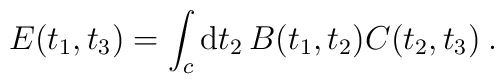
E(t_1,t_3) = \int_{c} {\rm d}t_2 \, B(t_1,t_2) C(t_2,t_3)  \>.